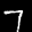
Label: 7